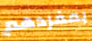
بمفردهم